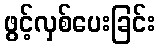
ဖွင့်လှစ်ပေးခြင်း